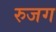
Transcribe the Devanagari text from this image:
रुजग